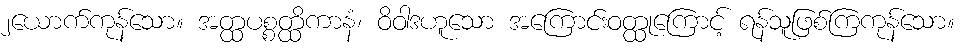
၂ယောက်ကုန်သော။ အတ္ထပစ္စတ္ထိကာနံ၊ ဝိဝါဒဟူသော အကြောင်းဝတ္ထုကြောင့် ရန်သူဖြစ်ကြကုန်သော။